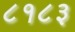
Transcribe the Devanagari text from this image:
८१८३